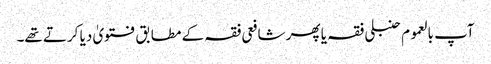
آپ بالعموم حنبلی فقہ یا پھر شافعی فقہ کے مطابق فتویٰ دیا کرتے تھے۔